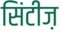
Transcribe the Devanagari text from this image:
सिंटीज़